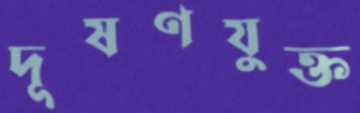
দূষণযুক্ত